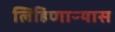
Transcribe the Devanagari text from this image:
लिहिणाऱ्यास